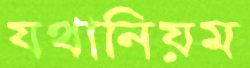
যথানিয়ম